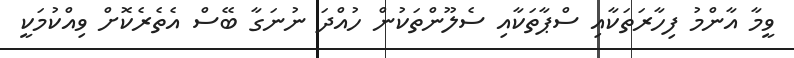
ވީމާ އާންމު ފިހާރަތަކާއި ސްޕާތަކާއި ސެލޫންތަކުން ހުއްދަ ނުނަގާ ބޭސް އެތެރެކޮށް ވިއްކުމަކީ